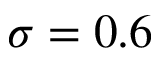
\sigma = 0 . 6